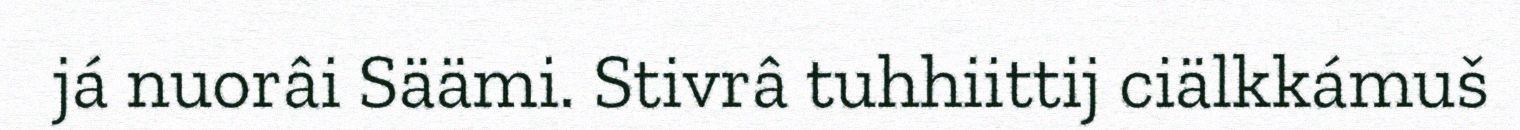
já nuorâi Säämi. Stivrâ tuhhiittij ciälkkámuš